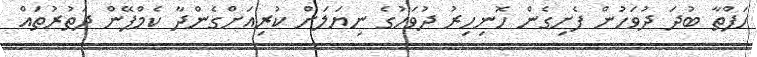
ހަފްތާ ބުދަ ދުވަހުން ފެށިގެން ހޮނިހިރު ދުވަހުގެ ނިޔަލަށް ކުރިއަށްގެންދާ ކެމްޕޭން ދަތުރުތައް